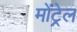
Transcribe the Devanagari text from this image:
मोंट्रेल